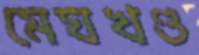
মেঘখণ্ড